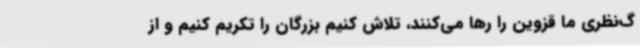
گ‌نظری ما قزوین را رها می‌کنند، تلاش کنیم بزرگان را تکریم کنیم و از